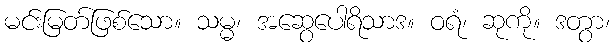
မင်းမြတ်ဖြစ်သော။ သမ္မ၊ အဆွေပေါရိသာဒ။ ဝရံ၊ ဆုကို။ ဒတွာ၊